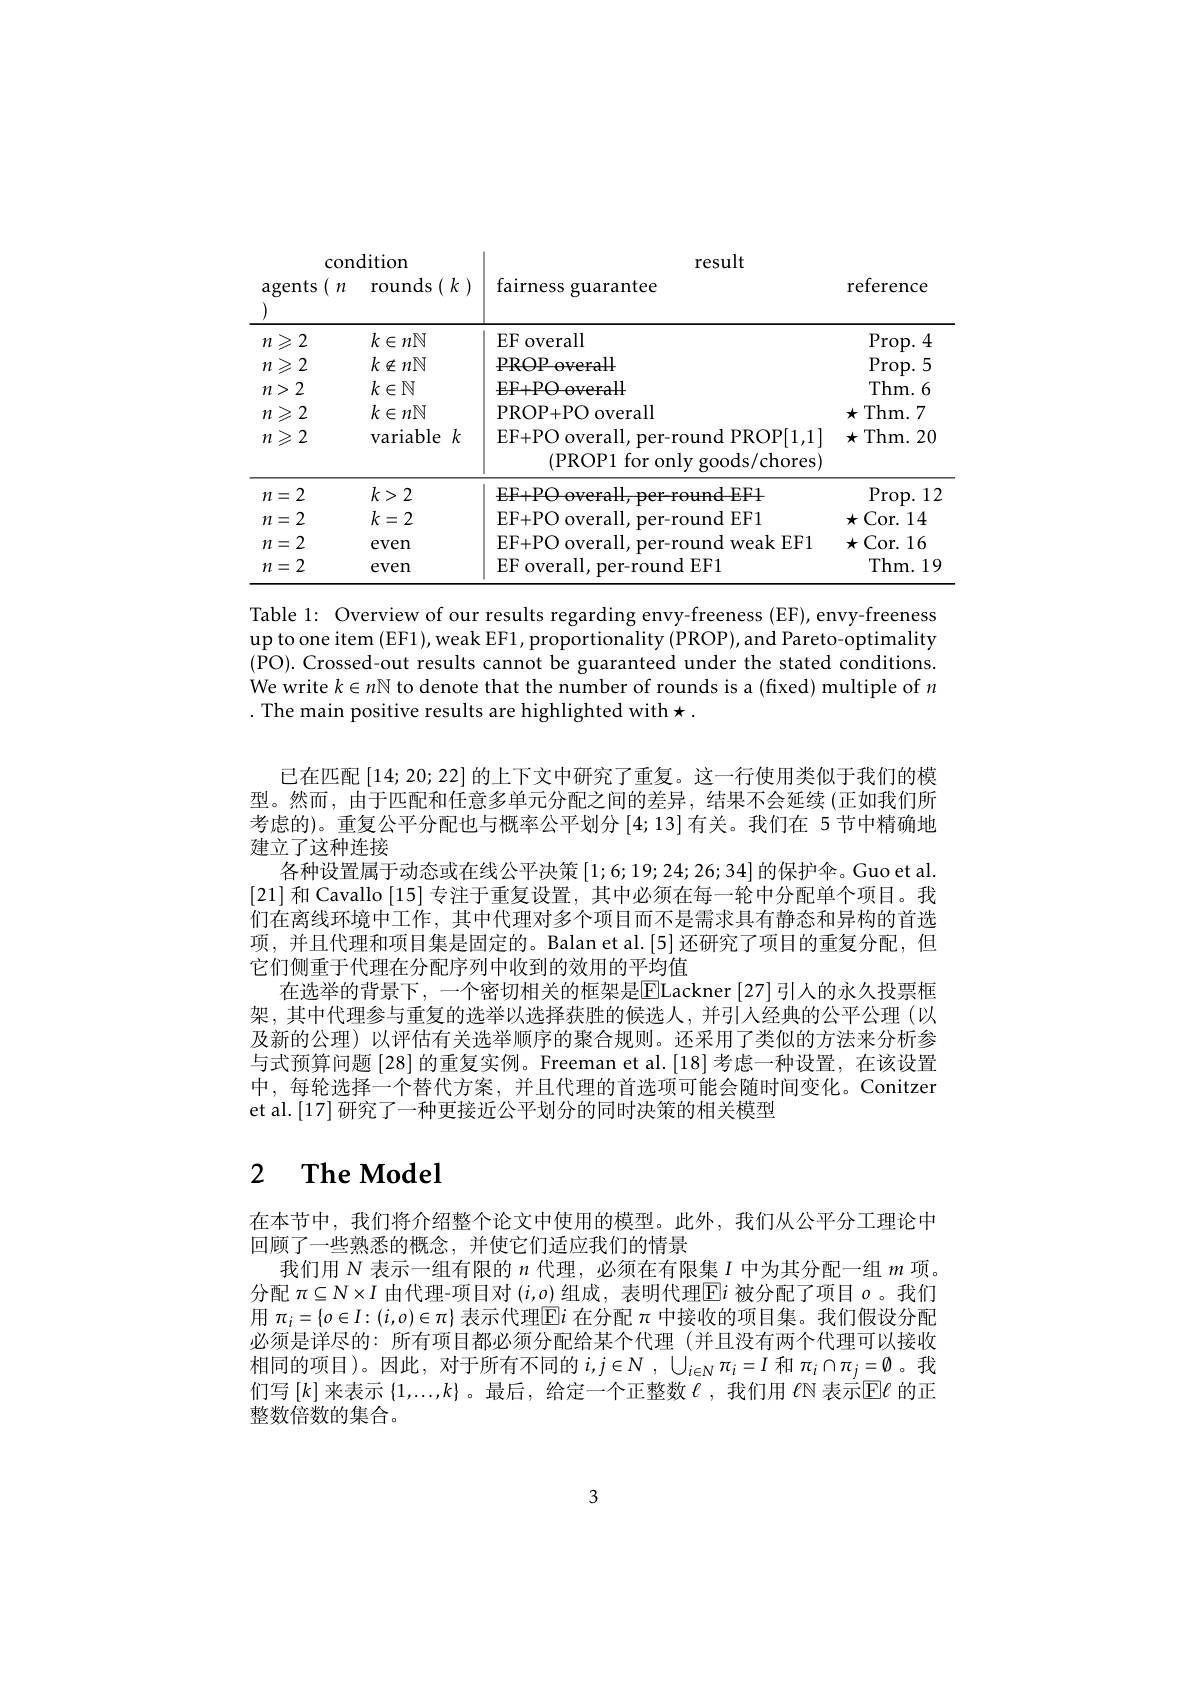
<table>
	<tbody>
		<tr>
			<th colspan="2">condition</th>
			<th>result</th>
			<th> </th>
		</tr>
		<tr>
			<th>agents $n$</th>
			<th>rounds $(k)$</th>
			<th>fairness guarantee</th>
			<th>reference</th>
		</tr>
		<tr>
			<td>$\geqslant2$ $m$</td>
			<td>$k\in n\mathbb{N}$</td>
			<td>EF overall</td>
			<td>$\operatorname{Prop.}4$</td>
		</tr>
		<tr>
			<td>$n\geqslant2$ $n>2$ $n\geqslant2$ $\imath\geqslant2$ $\eta l$ </td>
			<td>$k\notin n\mathbb{N}$ $k\in\mathbb{N}$ $k\in n\mathbb{N}$ $\Xi k$ variable</td>
			<td>PROP overall EF+ POoverall PROP+ PO overall EF+ PO overall, per- round PROP[1,1] (PROP1 for only goods/chores)</td>
			<td>Prop. 5 Thm. 6 Thm. 7 $x$ 7 $\star.$ Thm. 20</td>
		</tr>
		<tr>
			<td>$n=2$</td>
			<td>$k>2$</td>
			<td>EF+ PO overall, per- round EF1</td>
			<td>$\operatorname{Prop.}12$</td>
		</tr>
		<tr>
			<td>$n=2$</td>
			<td>$k=2$</td>
			<td>EF+PO overall, per-round EF1</td>
			<td>Cor. 14 $\star($</td>
		</tr>
		<tr>
			<td>$n=2$</td>
			<td>even</td>
			<td>EF+PO overall, per-round weak EF1</td>
			<td>Cor. 16 $\star$</td>
		</tr>
		<tr>
			<td>2 = $m$</td>
			<td>even</td>
			<td>EF overall, per-round EF1</td>
			<td>Thm. 19</td>
		</tr>
	</tbody>
</table>

Table 1: Overview of our results regarding envy-freeness (EF), envy-freeness up to one item (EF1), weak EF1, proportionality (PROP), and Pareto-optimality (PO). Crossed-out results cannot be guaranteed under the stated conditions. We write $k\in n\mathbb{N}$ to denote that the number of rounds is a (fixed) multiple of $n$ . The main positive results are highlighted with $\star.$

已在匹配[14;20;22]的上下文中研究了重复。这一行使用类似于我们的模型。然而，由于匹配和任意多单元分配之间的差异，结果不会延续(正如我们所考虑的)。重复公平分配也与概率公平划分 [4;13]有关。我们在 5节中精确地建立了这种连接
各种设置属于动态或在线公平决策$\left[1;6;19;24;26;34\right]$的保护伞。Guo et al. [21]和 Cavallo [15]专注于重复设置，其中必须在每一轮中分配单个项目。我们在离线环境中工作，其中代理对多个项目而不是需求具有静态和异构的首选项，并且代理和项目集是固定的。Balan et al.[5]还研究了项目的重复分配，但它们侧重于代理在分配序列中收到的效用的平均值
在选举的背景下，一个密切相关的框架是$\boxed{\mathrm{E}}$Lackner [27] 引人的永久投票框架，其中代理参与重复的选举以选择获胜的候选人，并引人经典的公平公理(以及新的公理)以评估有关选举顺序的聚合规则。还采用了类似的方法来分析参与式预算问题[28]的重复实例。Freeman et al.[18]考虑一种设置，在该设置中，每轮选择一个替代方案，并且代理的首选项可能会随时间变化。Conitzer et al.[17] 研究了一种更接近公平划分的同时决策的相关模型

# 2 $\textbf{The Model}$

在本节中，我们将介绍整个论文中使用的模型。此外，我们从公平分工理论中
回顾了一些熟悉的概念，并使它们适应我们的情景
我们用$N$表示一组有限的$n$代理，必须在有限集$I$中为其分配一组$m$项。分配$\pi\subseteq N\times I$由代理-项目对$(i,o)$组成，表明代理$\boxed{\Gamma}i$被分配了项目$o$ 。我们用$\pi_i=\{o\in I:(i,o)\in\pi\}$表示代理$\mathbb{E}i$在分配$\pi$中接收的项目集。我们假设分配必须是详尽的：所有项目都必须分配给某个代理 (并且没有两个代理可以接收相同的项目)。因此，对于所有不同的$i, j\in N$ , $\cup _{i\in N}\pi _{i}= I$ 和 $\pi_i\cap\pi_{j}=\emptyset$。我们写$[k]$来表示$\{1,...,k\}$ 。最后，给定一个正整数$\ell,\dot{\text{我们用 }\ell\mathbb{N}}$表示$\bar{\mathbb{E}}\ell$的正整数倍数的集合。

3